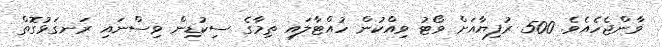
ވާންޖެހެއެވެ. 500 ރުފިޔާއަށް ވޯޓު ވިއްކުން ހުއްޓާލައި ތިމާގެ ސިކުޑިން ވިސްނައި ރަނގަޅުގޮތް